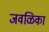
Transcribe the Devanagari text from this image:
जवळिका